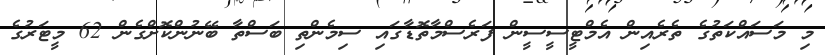
މި މަސައްކަތުގެ ތެރެއިން އެމްޓީސީސީން ފަރެސްމާތޮޑާގައި ސިމެންތި ބަސްތާ ބޭނުންކޮށްގެން 62 މީޓަރުގެ